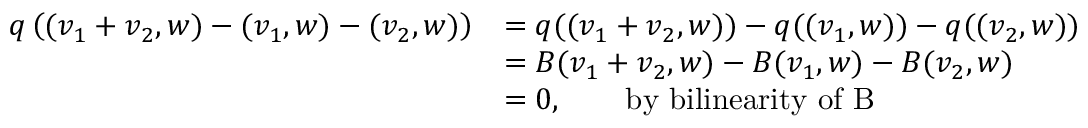
\begin{array} { r l } { q \left( ( v _ { 1 } + v _ { 2 } , w ) - ( v _ { 1 } , w ) - ( v _ { 2 } , w ) \right) } & { = q ( ( v _ { 1 } + v _ { 2 } , w ) ) - q ( ( v _ { 1 } , w ) ) - q ( ( v _ { 2 } , w ) ) } \\ & { = B ( v _ { 1 } + v _ { 2 } , w ) - B ( v _ { 1 } , w ) - B ( v _ { 2 } , w ) } \\ & { = 0 , \qquad \mathrm { b y ~ b i l i n e a r i t y ~ o f ~ B ~ } } \end{array}